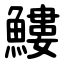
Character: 䱾